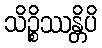
သိဉ္စိဿန္တိပိ